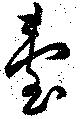
台